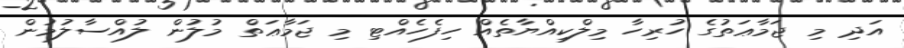
އަދި މި ޖަމާޢަތުގެ ހުރިހާ މިލްކިއްޔާތެއް ހިފެހެއްޓި މި ޖަމާޢަތް މުލުން ލުއްސާލުމުން